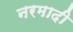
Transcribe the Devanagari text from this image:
नरमादी